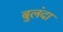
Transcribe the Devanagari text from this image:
बुलंदा